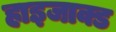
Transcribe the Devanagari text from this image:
हाइजाक्ड